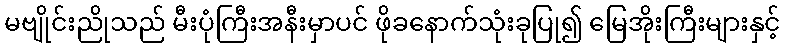
မဗျိုင်းညိုသည် မီးပုံကြီးအနီးမှာပင် ဖိုခနောက်သုံးခုပြု၍ မြေအိုးကြီးများနှင့်